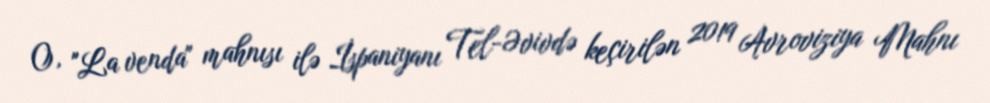
O, "La venda" mahnısı ilə İspaniyanı Tel-Əvivdə keçirilən 2019 Avroviziya Mahnı